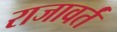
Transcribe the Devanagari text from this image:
राजावर्तं